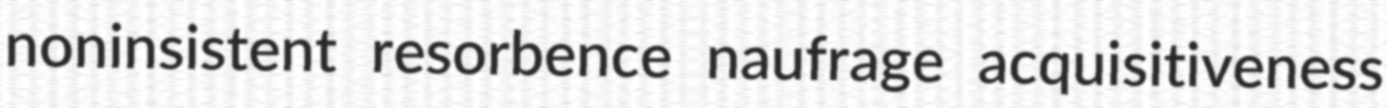
noninsistent resorbence naufrage acquisitiveness